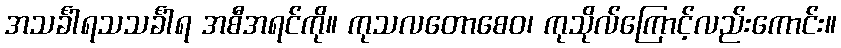
အသင်္ခါရသသင်္ခါရ အစီအရင်ကို။ ကုသလတောစေဝ၊ ကုသိုလ်ကြောင့်လည်းကောင်း။